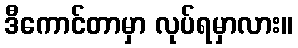
ဒီကောင်တာမှာ လုပ်ရမှာလား။